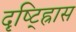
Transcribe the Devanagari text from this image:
दृष्ट्ह्रािस